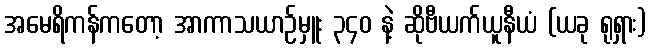
အမေရိကန်ကတော့ အာကာသယာဉ်မှူး ၃၄၀ နဲ့ ဆိုဗီယက်ယူနီယံ (ယခု ရုရှား)